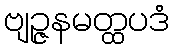
ဗျဉ္ဇနမတ္ထပဒံ